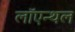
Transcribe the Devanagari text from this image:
लॉएन्थल